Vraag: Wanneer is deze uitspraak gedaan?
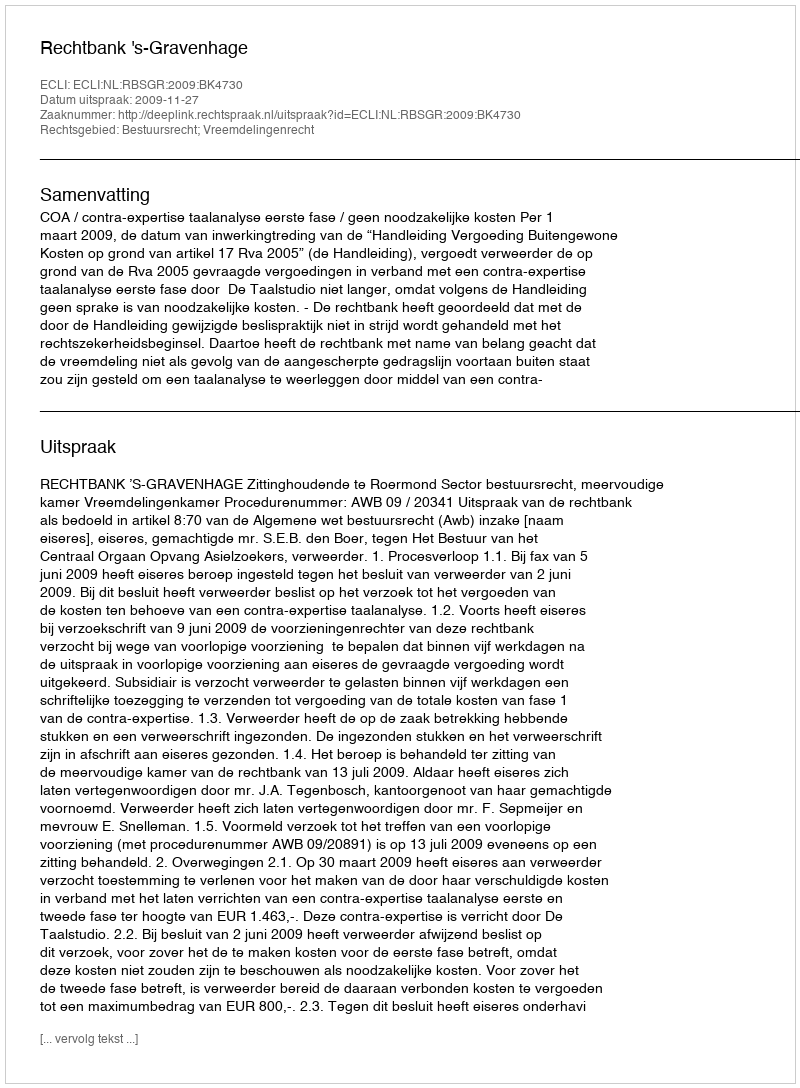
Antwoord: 2009-11-27